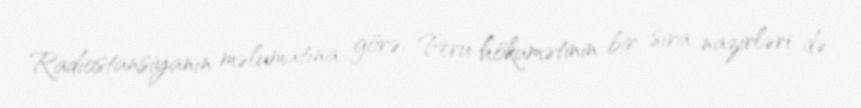
Radiostansiyanın məlumatına görə, Peru hökumətinin bir sıra nazirləri də